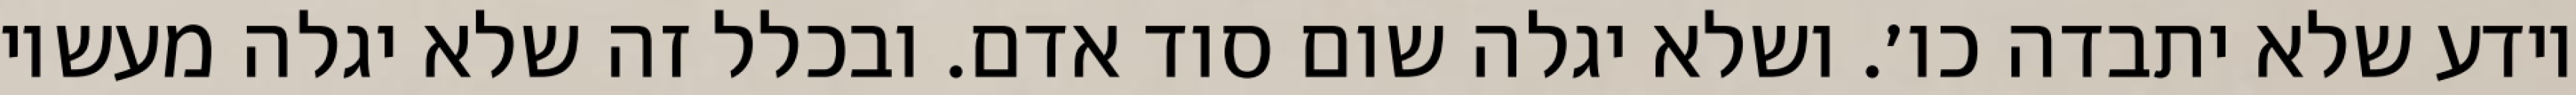
יודע שלא יתבדה כו׳. ושלא יגלה שום סוד אדם. ובכלל זה שלא יגלה מעשיו